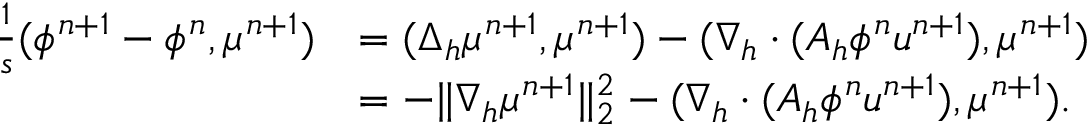
\begin{array} { r l } { \frac { 1 } { s } ( \phi ^ { n + 1 } - \phi ^ { n } , \mu ^ { n + 1 } ) } & { = ( \Delta _ { h } \mu ^ { n + 1 } , \mu ^ { n + 1 } ) - ( \nabla _ { h } \cdot ( A _ { h } \phi ^ { n } \boldsymbol { u } ^ { n + 1 } ) , \mu ^ { n + 1 } ) } \\ & { = - \| \nabla _ { h } \mu ^ { n + 1 } \| _ { 2 } ^ { 2 } - ( \nabla _ { h } \cdot ( A _ { h } \phi ^ { n } \boldsymbol { u } ^ { n + 1 } ) , \mu ^ { n + 1 } ) . } \end{array}